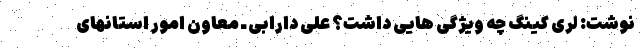
نوشت: لری کینگ چه ویژگی هایی داشت؟ علی دارابی ـ معاون امور استانهای